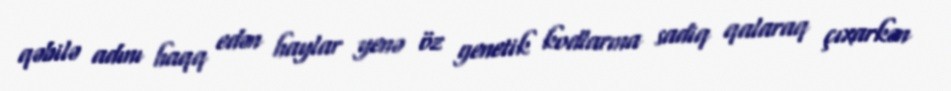
qəbilə adını haqq edən haylar yenə öz genetik kodlarına sadiq qalaraq çıxarkən